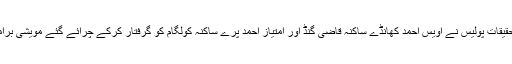
دوران تحقیقات پولیس نے اُویس احمد کھانڈے ساکنہ قاضی گنڈ اور امتیاز احمد پرے ساکنہ کولگام کو گرفتار کرکے چرائے گئے مویشی برآمد کئے ۔